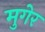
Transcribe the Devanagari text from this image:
मुगेर